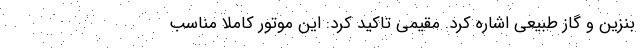
بنزین و گاز طبیعی اشاره کرد. مقیمی تاکید کرد: این موتور کاملا مناسب